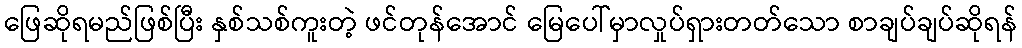
ဖြေဆိုရမည်ဖြစ်ပြီး နှစ်သစ်ကူးတဲ့ ဖင်တုန်အောင် မြေပေါ်မှာလှုပ်ရှားတတ်သော စာချပ်ချပ်ဆိုရန်